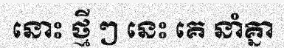
នោះ ថ្មី ៗ នេះ គេ នាំគ្នា